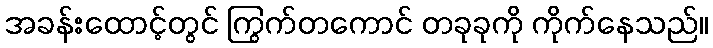
အခန်းထောင့်တွင် ကြွက်တကောင် တခုခုကို ကိုက်နေသည်။